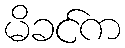
မိခင်က